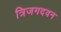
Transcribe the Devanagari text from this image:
त्रिजगदवन